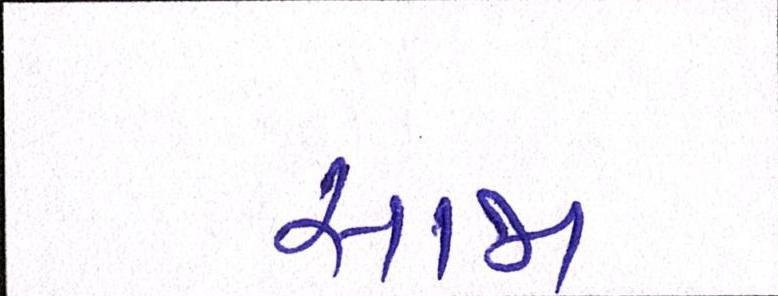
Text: સાજા